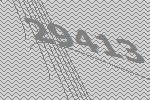
29413